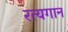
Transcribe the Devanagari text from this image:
रत्यगान